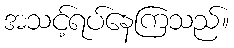
အသင့်ရပ်နေကြသည်။